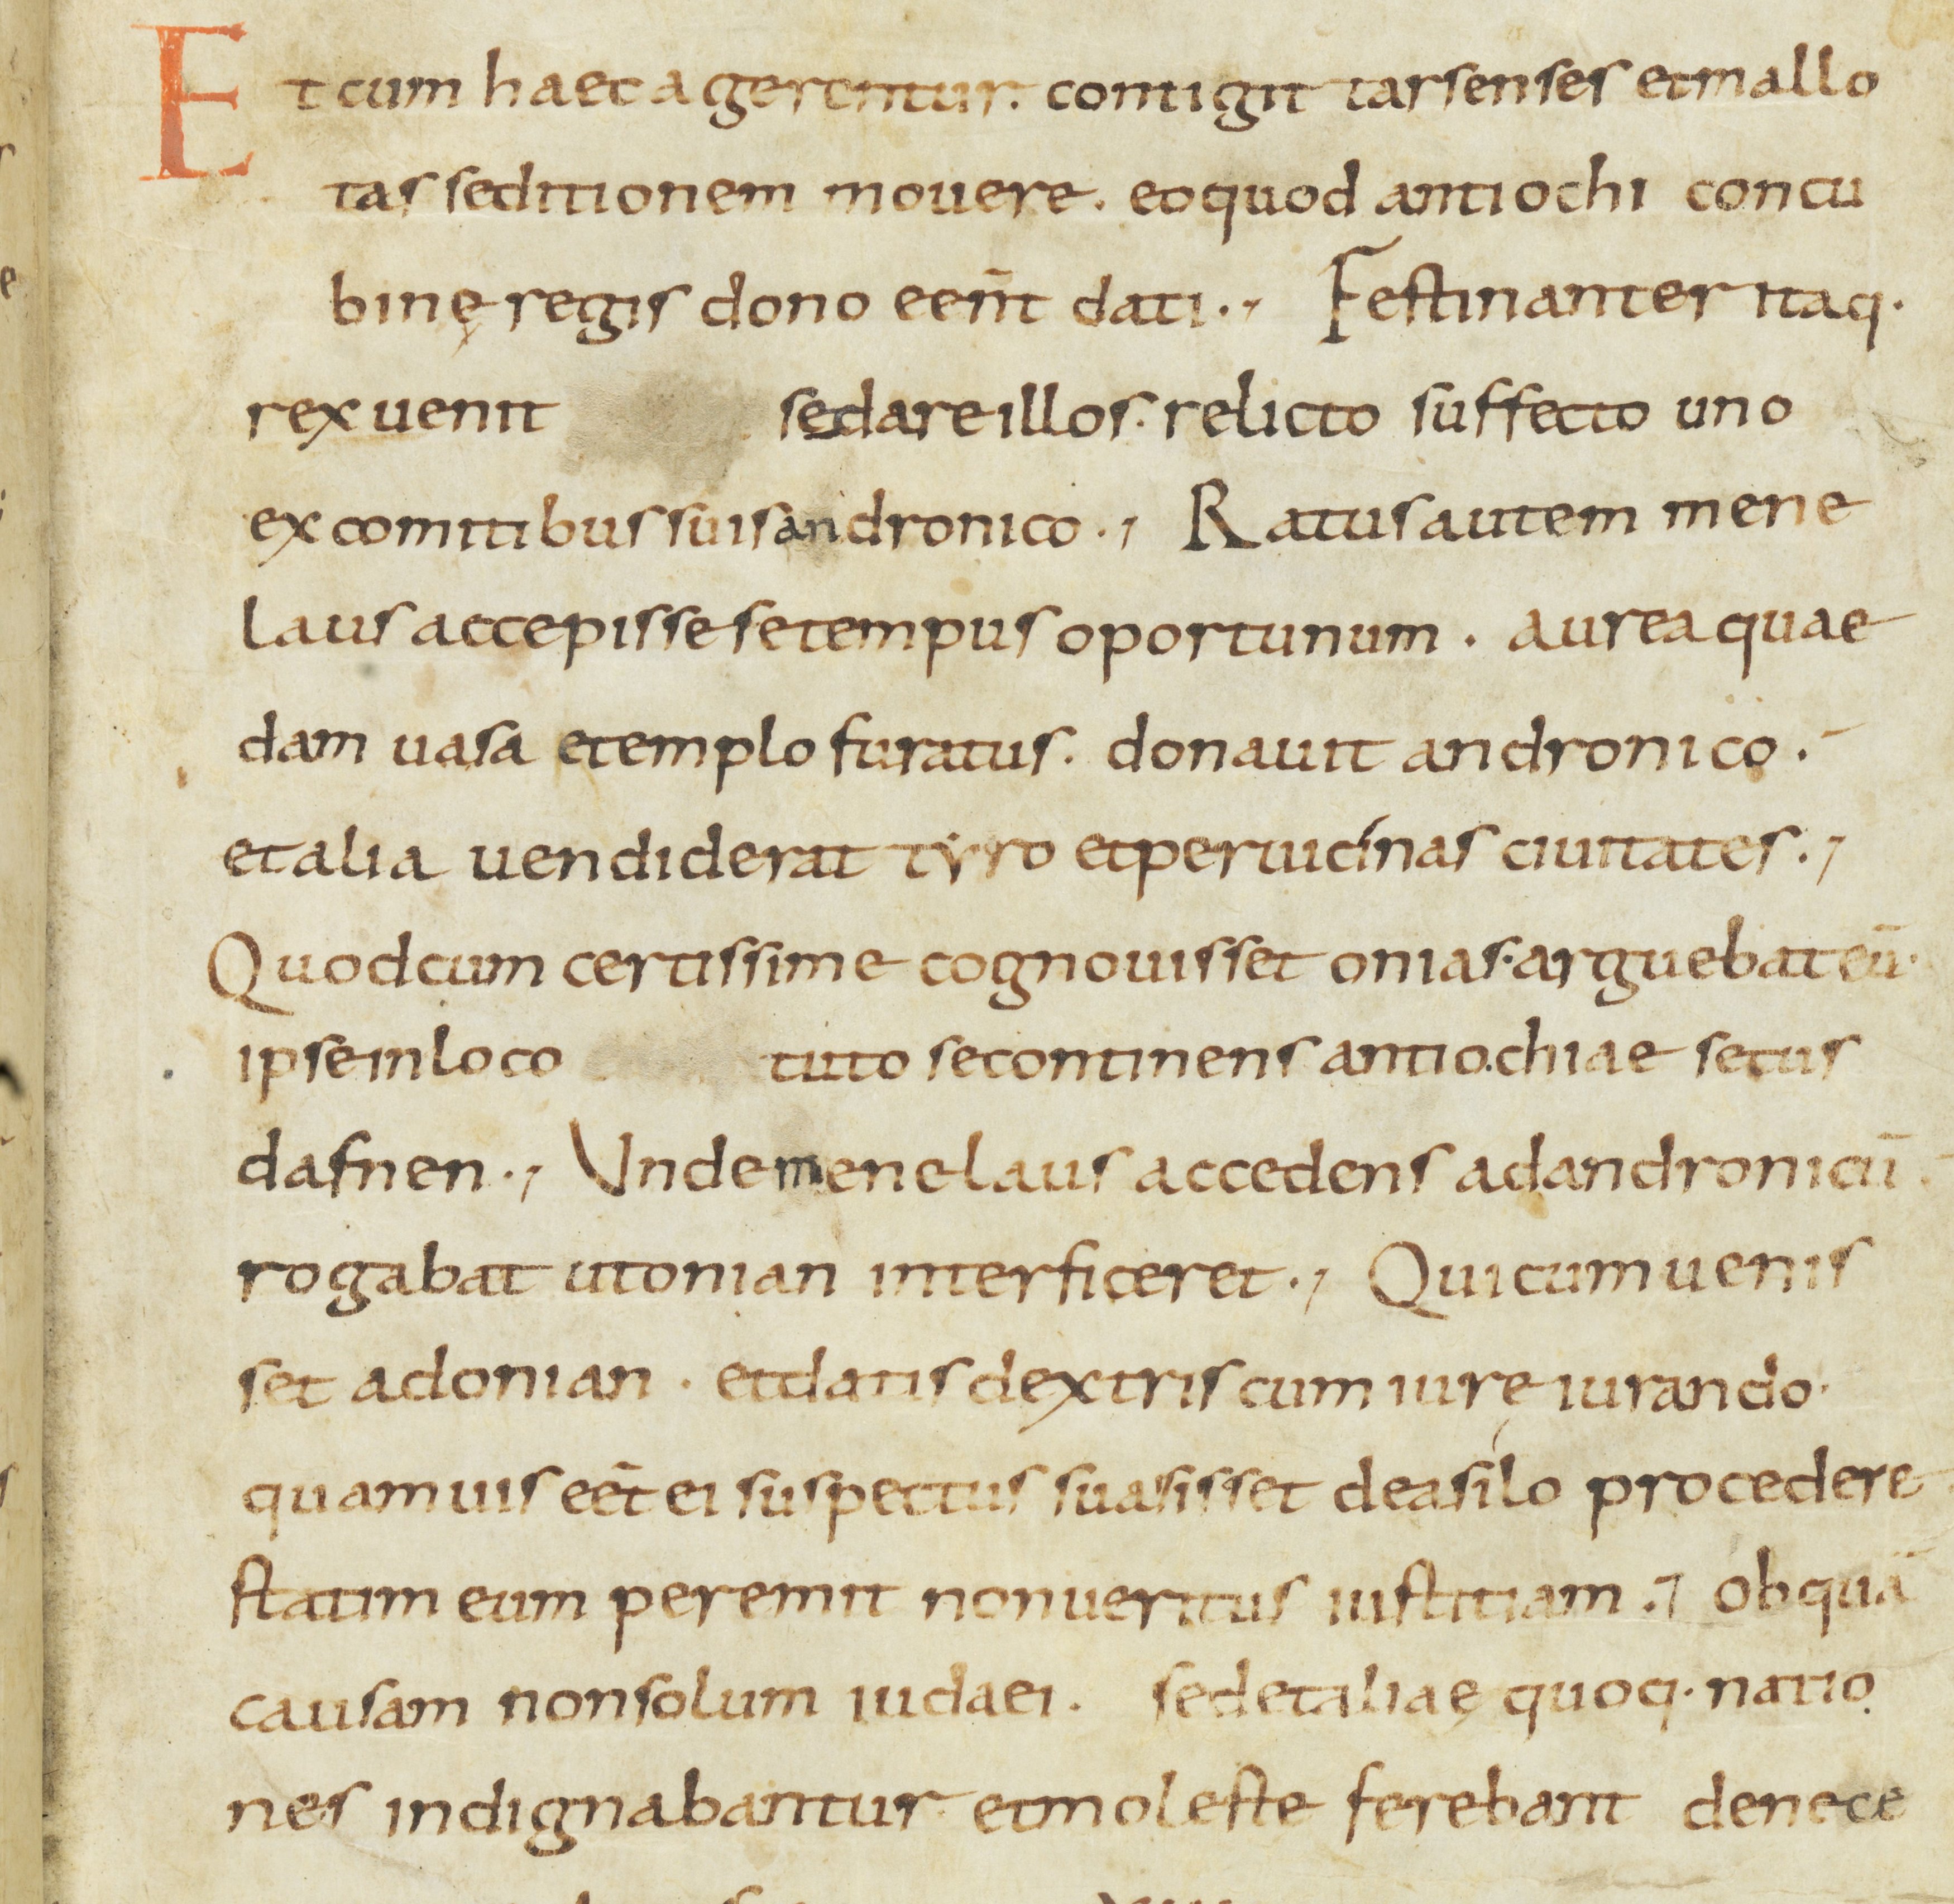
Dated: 800–899